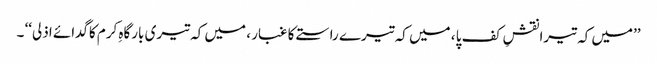
’’میں کہ تیرا نقشِ کف پا ، میں کہ تیرے راستے کا غبار ، میں کہ تیری بارگاہِ کرم کاگدائے اذلی‘‘ ۔